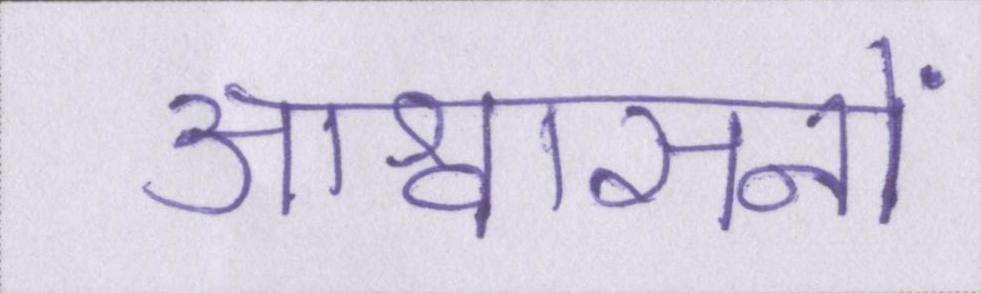
आश्वासनों